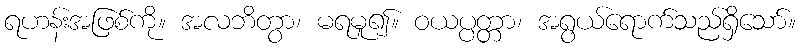
ရဟန်းအဖြစ်ကို။ အလဘိတွာ၊ မရမူ၍။ ဝယပ္ပတ္တာ၊ အရွယ်ရောက်သည်ရှိသော်။